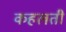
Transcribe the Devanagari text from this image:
कहलती